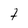
Character: 1